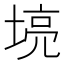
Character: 𫮌